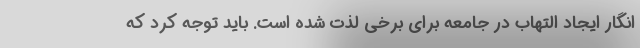
انگار ایجاد التهاب در جامعه برای برخی لذت شده است. باید توجه کرد که